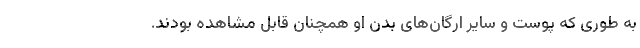
به طوری که پوست و سایر ارگان‌های بدن او همچنان قابل مشاهده بودند.